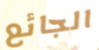
الجائع